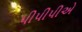
પીપીપીએ